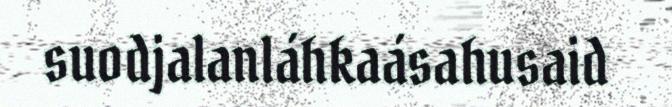
suodjalanláhkaásahusaid